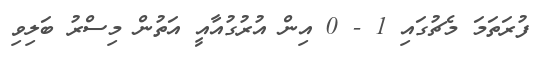
ފުރަތަމަ މެޗުގައި 1 - 0 އިން އުރުގުއާއީ އަތުން މިސްރު ބަލިވި